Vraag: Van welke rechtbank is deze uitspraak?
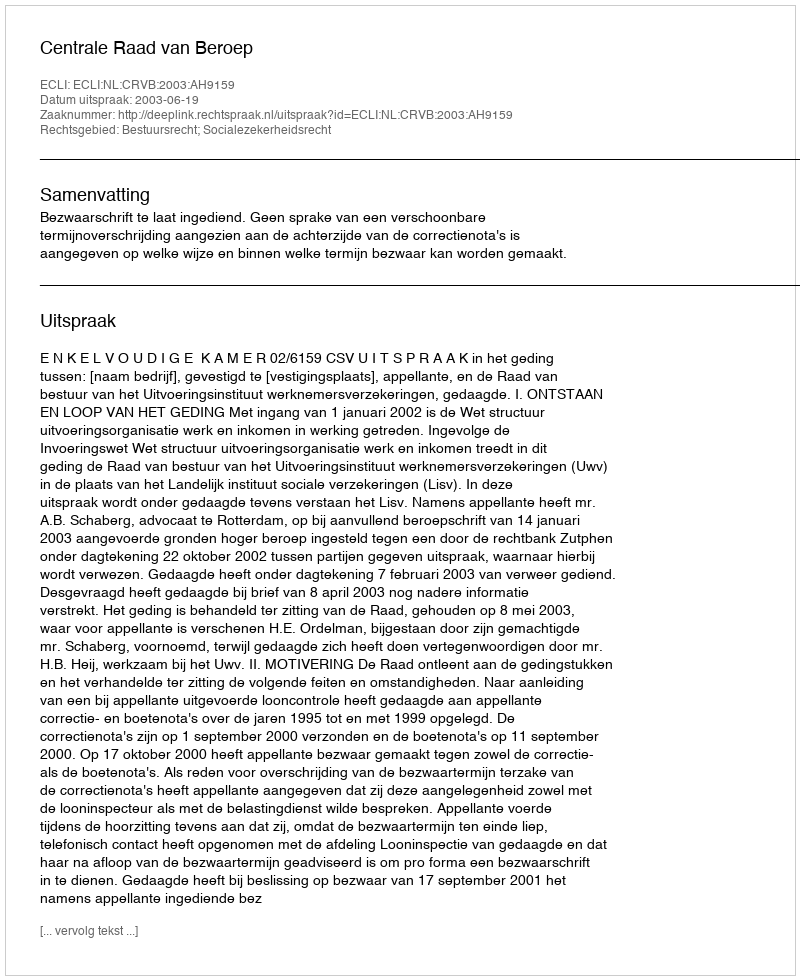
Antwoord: Centrale Raad van Beroep